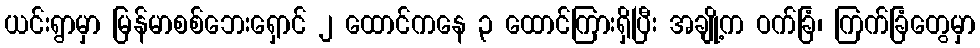
ယင်းရွာမှာ မြန်မာစစ်ဘေးရှောင် ၂ ထောင်ကနေ ၃ ထောင်ကြားရှိပြီး အချို့က ဝက်ခြံ၊ ကြက်ခြံတွေမှာ